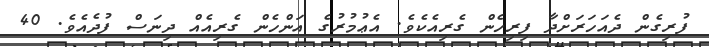
ފުރިގެން ދެއަހަރަށްދާ ފިރިހެން ގެރިއެކެވެ. އެޢުމުރުގެ އަންހެން ގެރިއެއް ދިނަސް ފުދެއެވެ. 40